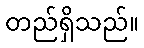
တည်ရှိသည်။